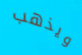
ويذهب